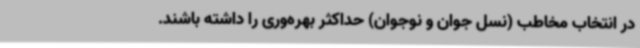
در انتخاب مخاطب (نسل جوان و نوجوان) حداکثر بهره‌وری را داشته باشند.